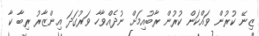
ޒިނޭ ކުރުން ވައްކަން ކުރުން ރާބުއިމަށް ނުދެއްވާހާ ވަރުގަދަ އިންޒާރު ރިބާ ކާ